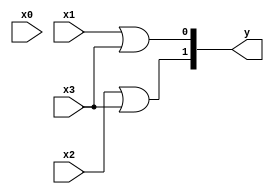
module encoder_4x2( input x0,x1,x2,x3, output [1:0]y );
  
  or g0( y[0],x1,x3);
  or g1( y[1],x2,x3);
  
endmodule